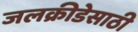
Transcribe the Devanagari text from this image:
जलक्रीडेसाठी